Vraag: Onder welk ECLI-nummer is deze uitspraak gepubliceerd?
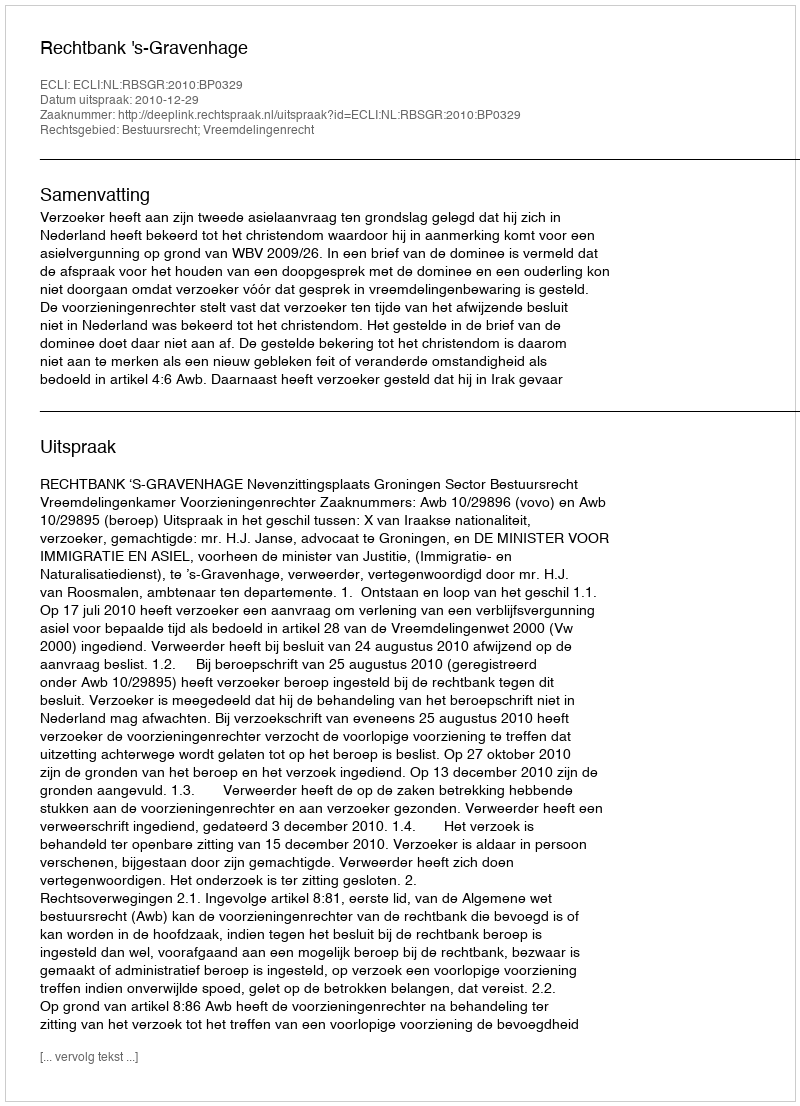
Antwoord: ECLI:NL:RBSGR:2010:BP0329